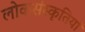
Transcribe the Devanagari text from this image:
लोकसंस्कृतियां